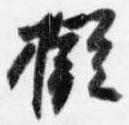
擬